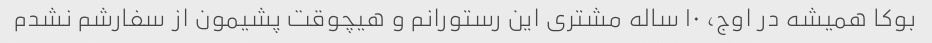
بوکا همیشه در اوج، ۱۰ ساله مشتری این رستورانم و هیچوقت پشیمون از سفارشم نشدم